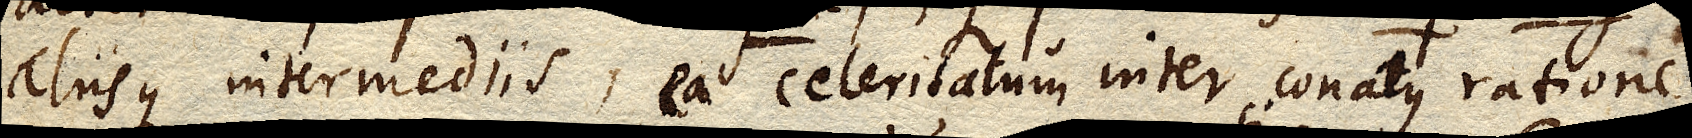
aliisque intermediis, ea celeritatum inter conatus ratione,